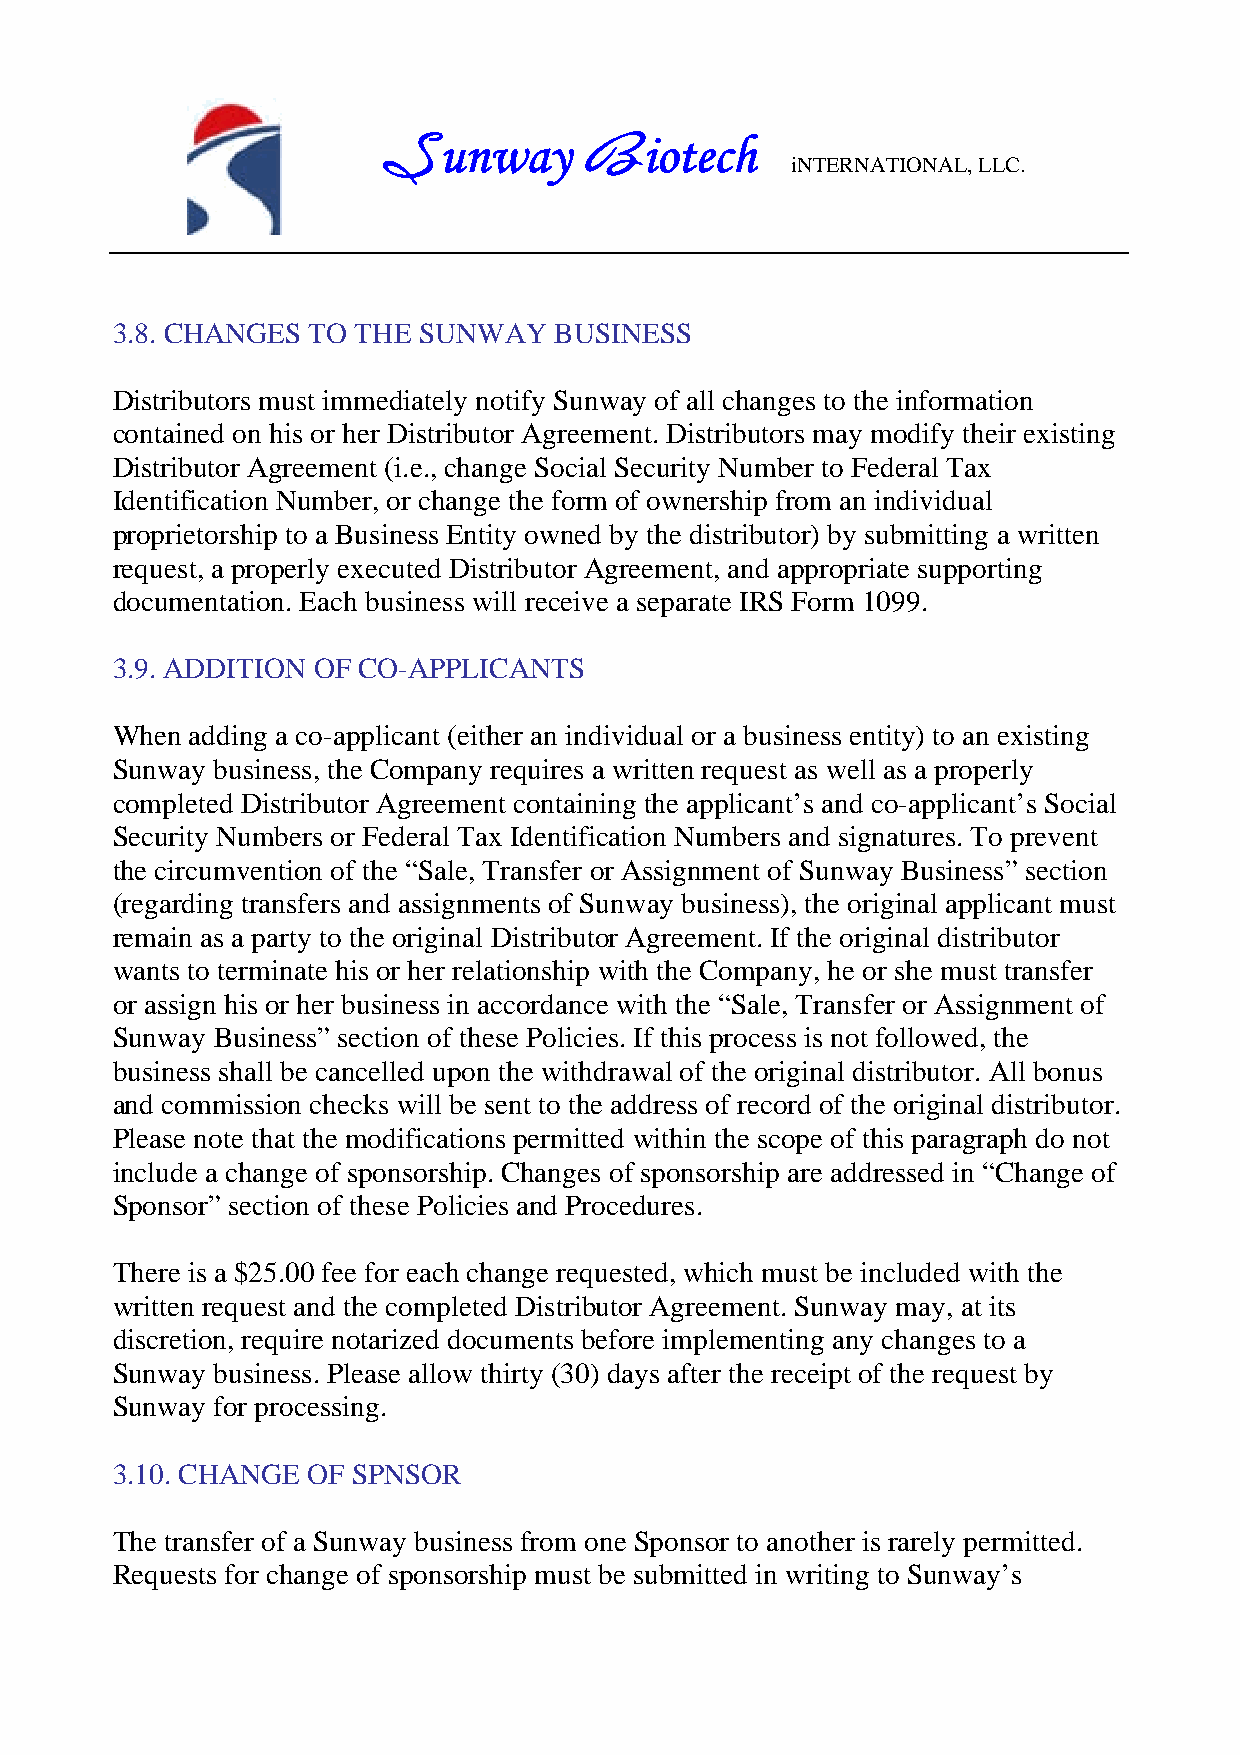
unway         iotech
 S             B            iNTERNATIONAL, LLC.
 3.8. CHANGES TO THE  SUNWAY   BUSINESS
 Distributors must immediately notify Sunway of all changes to the information
 contained on his or her Distributor Agreement. Distributors may modify their existing
 Distributor Agreement (i.e., change Social Security Number to Federal Tax
 Identification Number, or change the form of ownership from an individual
 proprietorship to a Business Entity owned by the distributor) by submitting a written
 request, a properly executed Distributor Agreement, and appropriate supporting
 documentation. Each business will receive a separate IRS Form 1099.
 3.9. ADDITION OF CO-APPLICANTS
 When  adding a co-applicant (either an individual or a business entity) to an existing
 Sunway business, the Company requires a written request as well as a properly
 completed Distributor Agreement containing the applicant’s and co-applicant’s Social
 Security Numbers or Federal Tax Identification Numbers and signatures. To prevent
 the circumvention of the “Sale, Transfer or Assignment of Sunway Business” section
 (regarding transfers and assignments of Sunway business), the original applicant must
 remain as a party to the original Distributor Agreement. If the original distributor
 wants to terminate his or her relationship with the Company, he or she must transfer
 or assign his or her business in accordance with the “Sale, Transfer or Assignment of
 Sunway Business” section of these Policies. If this process is not followed, the
 business shall be cancelled upon the withdrawal of the original distributor. All bonus
 and commission checks will be sent to the address of record of the original distributor.
 Please note that the modifications permitted within the scope of this paragraph do not
 include a change of sponsorship. Changes of sponsorship are addressed in “Change of
 Sponsor” section of these Policies and Procedures.
 There is a $25.00 fee for each change requested, which must be included with the
 written request and the completed Distributor Agreement. Sunway may, at its
 discretion, require notarized documents before implementing any changes to a
 Sunway business. Please allow thirty (30) days after the receipt of the request by
 Sunway for processing.
 3.10. CHANGE OF SPNSOR
 The transfer of a Sunway business from one Sponsor to another is rarely permitted.
 Requests for change of sponsorship must be submitted in writing to Sunway’s